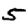
Digit: 5